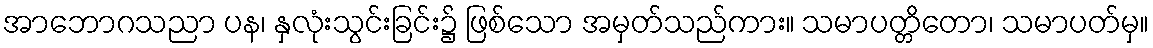
အာဘောဂသညာ ပန၊ နှလုံးသွင်းခြင်း၌ ဖြစ်သော အမှတ်သည်ကား။ သမာပတ္တိတော၊ သမာပတ်မှ။